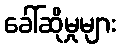
ခေါ်ဆိုမှုများ